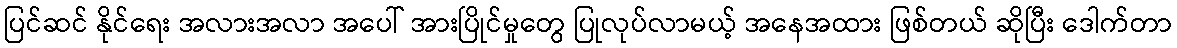
ပြင်ဆင် နိုင်ရေး အလားအလာ အပေါ် အားပြိုင်မှုတွေ ပြုလုပ်လာမယ့် အနေအထား ဖြစ်တယ် ဆိုပြီး ဒေါက်တာ